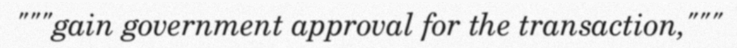
"""gain government approval for the transaction,"""